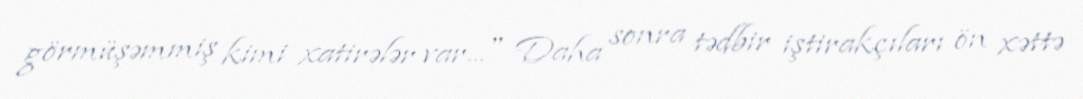
görmüşəmmiş kimi xatirələr var..." Daha sonra tədbir iştirakçıları ön xəttə